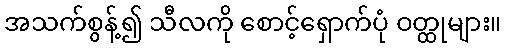
အသက်စွန့်၍ သီလကို စောင့်ရှောက်ပုံ ဝတ္ထုများ။